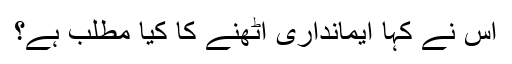
اس نے کہا ایمانداری اٹھنے کا کیا مطلب ہے؟